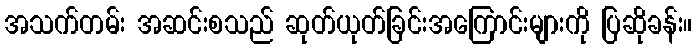
အသက်တမ်း အဆင်းစသည် ဆုတ်ယုတ်ခြင်းအကြောင်းများကို ပြဆိုခန်း။